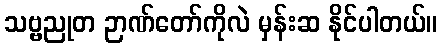
သဗ္ဗညုတ ဉာဏ်တော်ကိုလဲ မှန်းဆ နိုင်ပါတယ်။